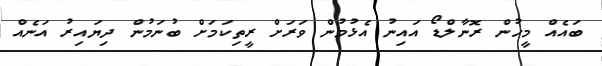
ބައެއް މީހުން ރޮނާލްޑޯ އައިނު އެޅުމުން ވަރަށް ރީތިކަމަށް ބުނަމުން ދިޔައިރު އަނެއް